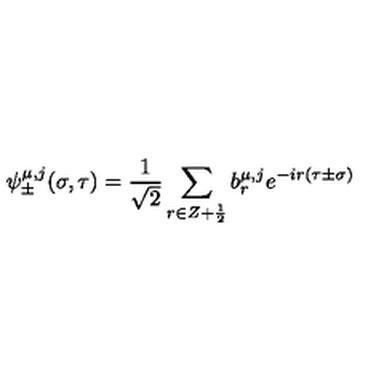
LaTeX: \psi _ { \pm } ^ { \mu , j } ( \sigma , \tau ) = \frac { 1 } { \sqrt 2 } \sum _ { r \in Z + \frac { 1 } { 2 } } b _ { r } ^ { \mu , j } e ^ { - i r ( \tau \pm \sigma ) }